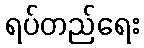
ရပ်တည်ရေး